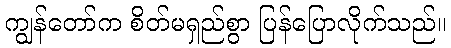
ကျွန်တော်က စိတ်မရှည်စွာ ပြန်ပြောလိုက်သည်။